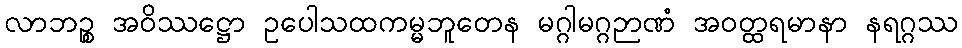
လာဘဉ္စ အဝိဿဋ္ဌော ဥပေါသထကမ္မဘူတေန မဂ္ဂါမဂ္ဂဉာဏံ အဝတ္ထရမာနာ နရဂ္ဂဿ